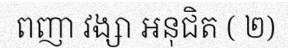
ពញា វង្សា អនុជិត ( ២)